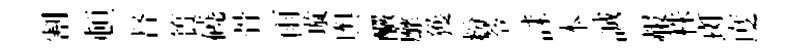
割頓督簣磽骨雨璇舆釅靡獲粉苓誄本誠赧株斑度